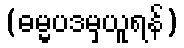
(ဓမ္မပဒမှယူရန်)